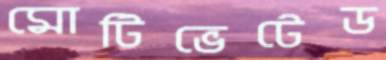
মোটিভেটেড